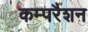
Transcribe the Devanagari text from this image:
कम्परैशन